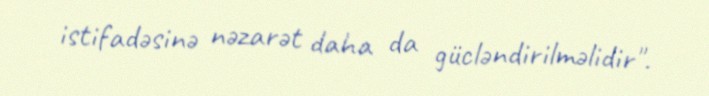
istifadəsinə nəzarət daha da gücləndirilməlidir".